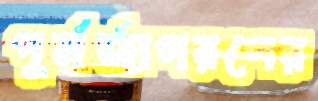
পুর্নর্জাগরণের